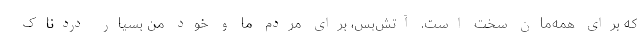
که برای همه‌مان سخت است. آتش‌بس، برای مردم ما و خود من بسیار دردناک